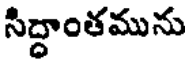
సిద్ధాంతమును